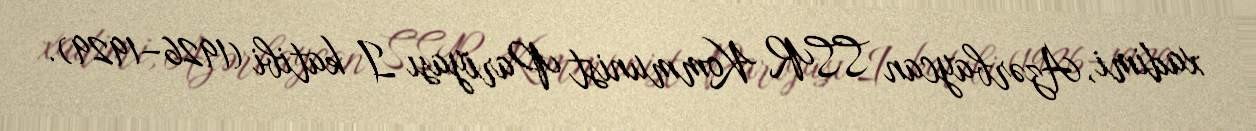
xadimi, Azərbaycan SSR Kommunist Pariyası I katibi (1926–1929).